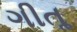
ગીતૢ